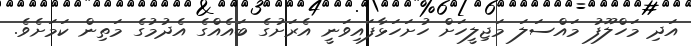
އަދި މަހްލޫފު މައްސަލަ މަޖިލީހަށް ހުށަހަޅާފައިވަނީ އެރަށުގެ ބައެއްގެ އެދުމުގެ މަތިން ކަމަށެވެ.